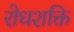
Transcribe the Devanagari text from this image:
रोधशक्ति